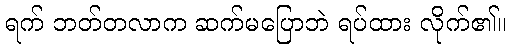
ရက် ဘတ်တလာက ဆက်မပြောဘဲ ရပ်ထား လိုက်၏။